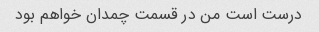
درست است من در قسمت چمدان خواهم بود